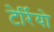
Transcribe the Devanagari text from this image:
टेर्रियो